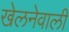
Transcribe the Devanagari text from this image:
खेलनेवाली